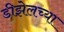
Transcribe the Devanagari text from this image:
डीझेलच्या